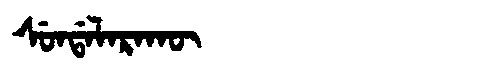
Manchu: ᠰᡠᠨᡩᠠᠯᠠᡵᠠᡴᡡ
Romanization: SUNDALARAKŪ